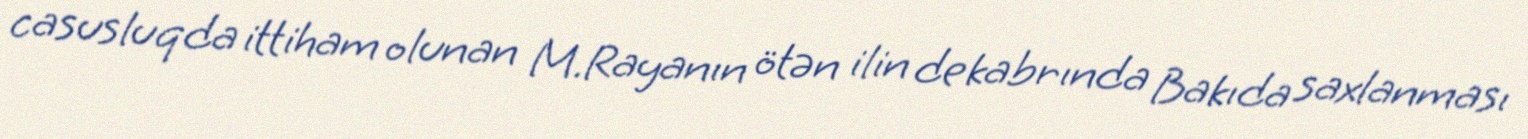
casusluqda ittiham olunan M.Rayanın ötən ilin dekabrında Bakıda saxlanması